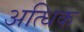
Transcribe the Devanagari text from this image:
अत्धिक